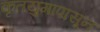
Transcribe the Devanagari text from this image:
कृतयुगापासून